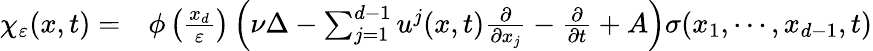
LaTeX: \begin{array}{rl}{\chi_{\varepsilon}(x,t)=}&{{}\phi\left(\frac{x_{d}}{\varepsilon}\right)\left(\nu\Delta-\sum_{j=1}^{d-1}u^{j}(x,t)\frac{\partial}{\partial x_{j}}-\frac{\partial}{\partial t}+A\right)\sigma(x_{1},\cdots,x_{d-1},t)}\end{array}